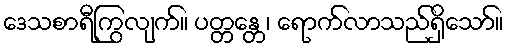
ဒေသစာရီကြွလျက်။ ပတ္တန္တေ၊ ရောက်လာသည်ရှိသော်။